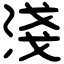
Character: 淺